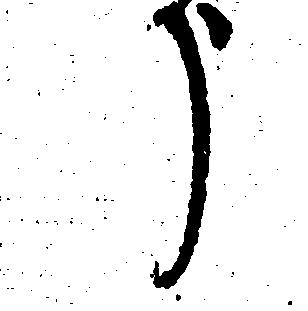
う